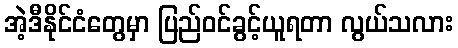
အဲ့ဒီနိုင်ငံတွေမှာ ပြည်ဝင်ခွင့်ယူရတာ လွယ်သလား